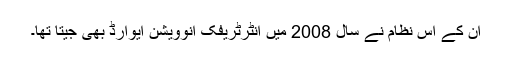
ان کے اس نظام نے سال 2008 میں انٹرٹریفک انوویشن ایوارڈ بھی جیتا تھا۔